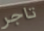
تاجر